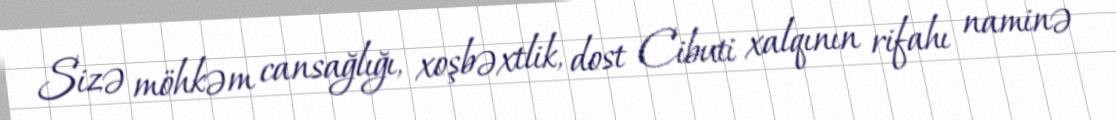
Sizə möhkəm cansağlığı, xoşbəxtlik, dost Cibuti xalqının rifahı naminə